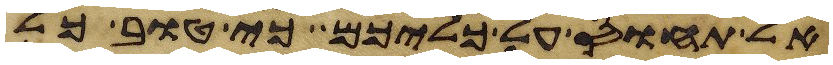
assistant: אל תחוס על כליכם כי טוב כל